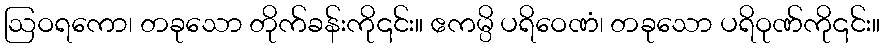
ဩဝရကော၊ တခုသော တိုက်ခန်းကို၎င်း။ ဧကမ္ပိ ပရိဝေဏံ၊ တခုသော ပရိဝုဏ်ကို၎င်း။